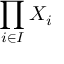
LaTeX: \prod _ { i \in I } X _ { i }